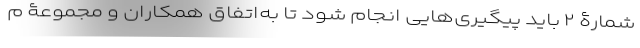
شمارۀ ۲ باید پیگیری‌هایی انجام شود تا به‌اتفاق همکاران و مجموعۀ م